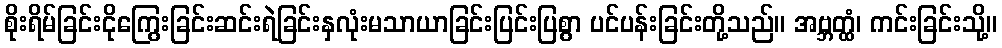
စိုးရိမ်ခြင်းငိုကြွေးခြင်းဆင်းရဲခြင်းနှလုံးမသာယာခြင်းပြင်းပြစွာ ပင်ပန်းခြင်းတို့သည်။ အဗ္ဘတ္ထံ၊ ကင်းခြင်းသို့။